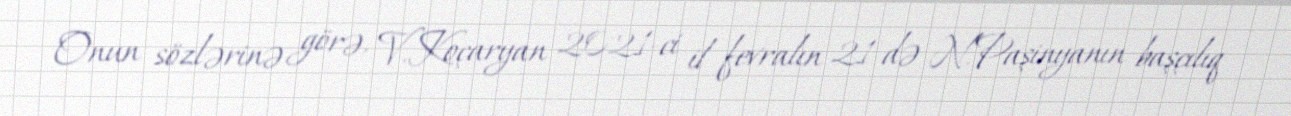
Onun sözlərinə görə, V.Koçaryan 2021-ci il fevralın 21-də N.Paşinyanın başçılıq